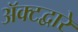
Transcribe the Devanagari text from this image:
अॅक्टद्वारे